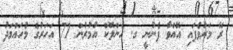
ރޭ މަރުވެފައި އޮއްވާ ފެނުނީ ގ. ހެންލޮކް އުމުރުން 71 އަހަރުގެ މުހައްމަދު